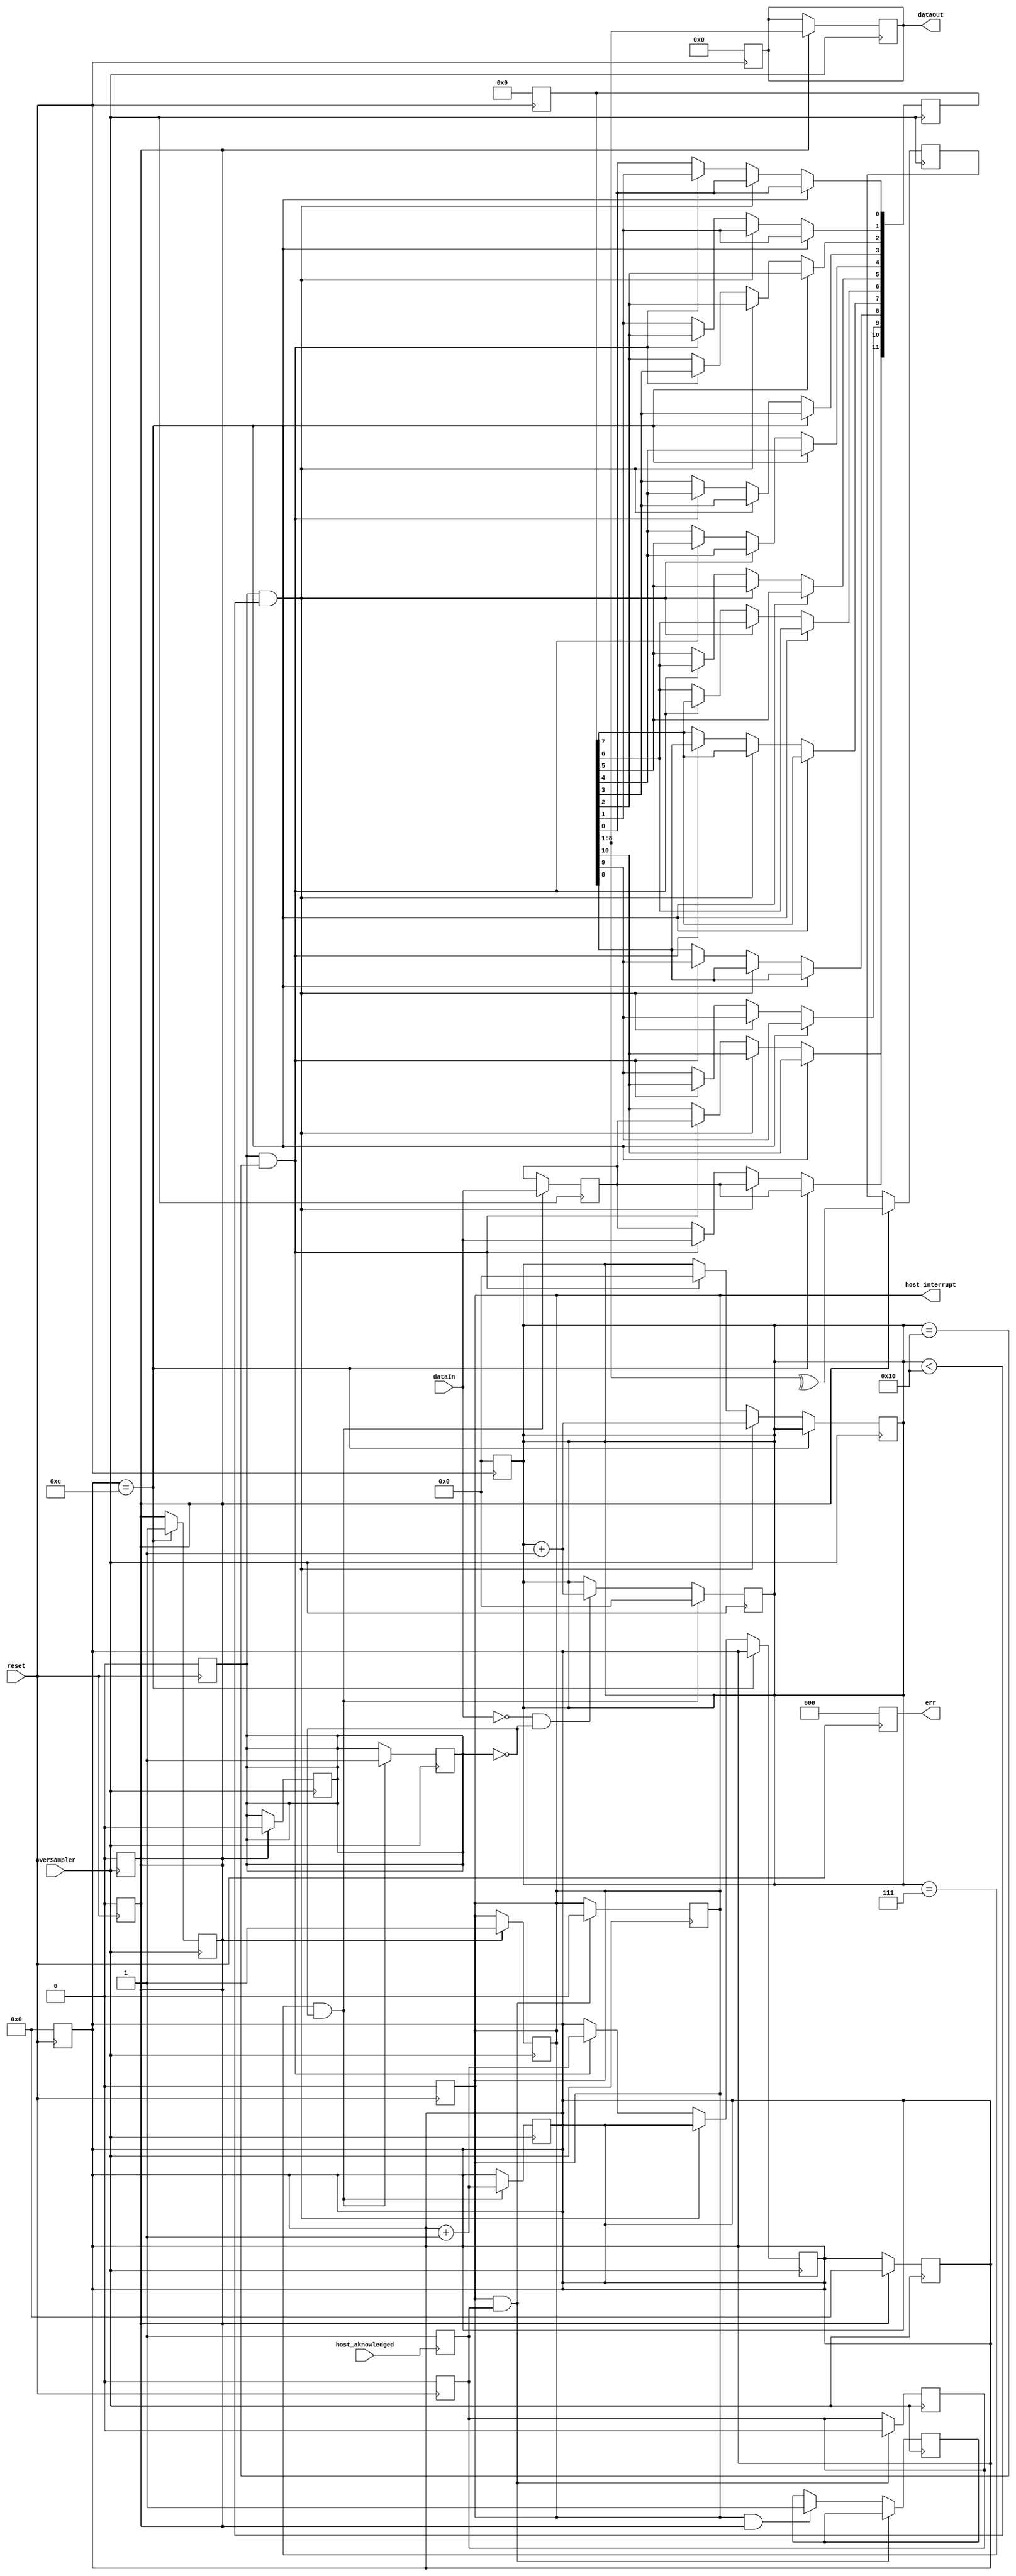
module receiver (dataIn,dataOut,overSampler,err,host_interrupt,host_aknowledged,reset);
  input dataIn,overSampler,host_aknowledged,reset;
  output [7:0] dataOut;
  output [2:0] err;
  output host_interrupt;
  
  
  reg start_flag,data_ready_flag,host_interrupt,host_aknowledged_flag;
  reg [11:0] input_reg;
  reg [3:0] bit_counter,i;
  reg [4:0] counter;
  reg [7:0] buffer_reg;
  reg [2:0] err;
  
  assign dataOut = buffer_reg[7:0];
  
  always @ (negedge reset)
  if(~reset)
    begin
      start_flag<=1'b0;
      data_ready_flag<=1'b0;
      host_interrupt<=1'b0;
      host_aknowledged_flag<=1'b0;
      input_reg<=12'b000000000000;
      bit_counter<=4'b0000;
      i<=4'b0000;
      counter<=5'b00000;
      buffer_reg<=8'b00000000;
      err<=3'b000;
    end
    
  always @ (posedge overSampler)//first stage,phase locking the overSampler with the middle of the start bit
  if(counter==7 && ~start_flag)
      begin 
        start_flag<=1'b1;  //ensures that the first stage occurs one time only
        input_reg[11] <= dataIn;    // start bit entered the shift register
        bit_counter <= bit_counter + 1;
        counter <=5'b00000;
      end
    else if(~dataIn && ~start_flag)  
      counter <= counter+1;
      
  always @(posedge overSampler)
  begin
    if(bit_counter==12)
      data_ready_flag <=1'b1; //this stage would be stuck here until the counter is reset by the next stage
    
    else if(start_flag && counter<16)
      counter <= counter+1; 
      
    else if(start_flag && counter==16)
      begin
      for(i=0;i<11;i=i+1) //shifts the register to the right
        input_reg[i] <=input_reg[i+1]; 
             
      input_reg[11]<=dataIn;  //shift in the new MSB
      bit_counter <= bit_counter+1;
      counter<=5'b00000;
      end
  end
  always @(posedge overSampler)
    if (data_ready_flag) //this stage won't start until this flag is set
      begin
        buffer_reg[7:0] <= input_reg[8:1];
        bit_counter <= 4'b0000; //allowing the previous stage to start again
        start_flag <= 1'b0;  //allowing the first stage to start again
        host_interrupt <=1'b1; //interrupting the host processor to fetch the data word 
        data_ready_flag <= 1'b0; //ensuring this stage occurs only once
        err[2]<= ^input_reg[8:1]; //signals a parity error, even parity is considered here
      end
      
      
  always@(posedge overSampler)//data overrun error detection
  if (host_interrupt && host_aknowledged_flag)
    begin 
      host_interrupt <= 1'b0;
      host_aknowledged_flag <=1'b0 ;
    end
  else if(host_interrupt && data_ready_flag)//the next data word is ready and the host hasn't aknowledged the previous one
    err[0]<=1'b1; // data overrun ,host failed to fetch in time
  
  
  always@(posedge host_aknowledged)//the host processor sends a pulse aknowledging the arrival of data
    host_aknowledged_flag<=1'b1;
  
  
  
  //error table
  //1--  parity error
  //-1-  framing error
  //--1  data overrun error
  
  
endmodule